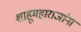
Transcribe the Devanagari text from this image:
शाहूमहाराजांना